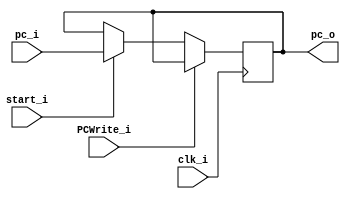
module PC
(
    clk_i,
    start_i,
    pc_i,
    PCWrite_i,
    pc_o
);

// Ports
input               clk_i;
input               start_i;
input   PCWrite_i;
input   [31:0]      pc_i;
output  [31:0]      pc_o;

// Wires & Registers
reg     [31:0]      pc_o;


initial
 begin
    pc_o=0;
  end
always@(posedge clk_i) begin
    if (PCWrite_i)
        pc_o <= pc_o;
    else if (start_i == 1)
        pc_o <= pc_i;
end

endmodule